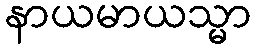
နာယမာယသ္မာ